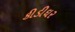
કીડીઘર